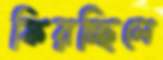
ফিরচ্ছিলে